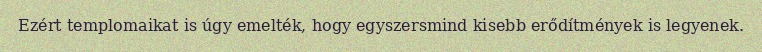
Ezért templomaikat is úgy emelték, hogy egyszersmind kisebb erődítmények is legyenek.